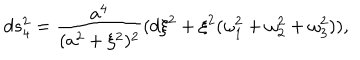
LaTeX: d s _ { 4 } ^ { 2 } = \frac { a ^ { 4 } } { ( a ^ { 2 } + \xi ^ { 2 } ) ^ { 2 } } ( d \xi ^ { 2 } + \xi ^ { 2 } ( \omega _ { 1 } ^ { 2 } + \omega _ { 2 } ^ { 2 } + \omega _ { 3 } ^ { 2 } ) ) ,